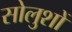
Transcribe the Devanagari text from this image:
सोलुशों